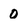
Character: 0